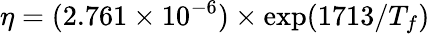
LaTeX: \eta=(2.761\times 10^{-6})\times\exp(1713/T_{f})